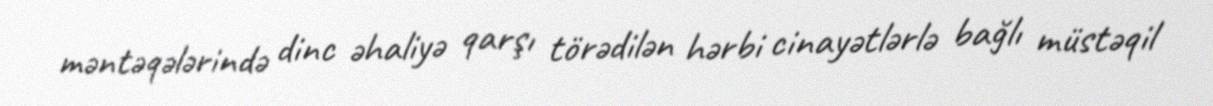
məntəqələrində dinc əhaliyə qarşı törədilən hərbi cinayətlərlə bağlı müstəqil